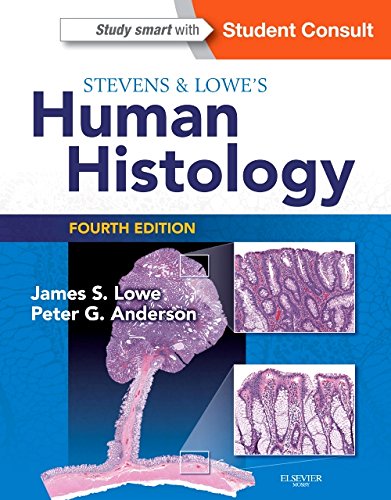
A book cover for Stevens & Lowe's Human Histology, 4e (HUMAN HISTOLOGY (STEVENS)); James S. Lowe BMedSci  BMBS  DM  FRCPath; Medical Books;